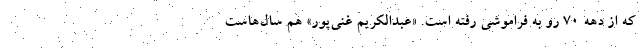
که از دهه ۷۰ رو به فراموشی رفته است. «عبدالکریم غنی‌پور» هم سال‌هاست